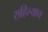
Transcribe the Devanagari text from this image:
राहिल्याच